Report on lock hospitals in British Burma
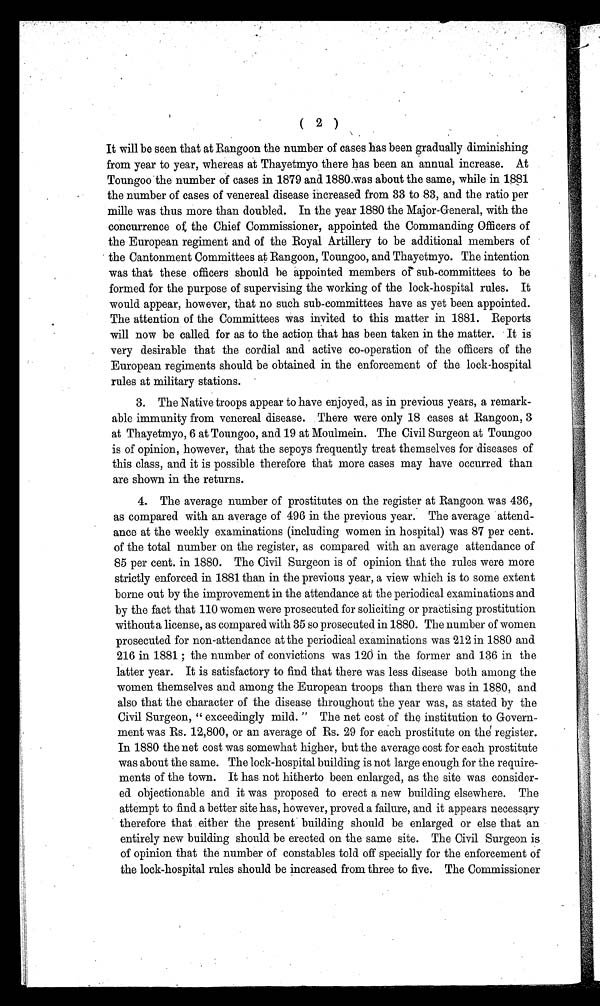
( 2 )
It will be seen that at Rangoon the number of cases has been gradually diminishing
from year to year, whereas at Thayetmyo there has been an annual increase. At
Toungoo the number of cases in 1879 and 1880, was about the same, while in 1881
the number of cases of venereal disease increased from 33 to 83, and the ratio per
mille was thus more than doubled. In the year 1880 the Major-General, with the
concurrence of the Chief Commissioner, appointed the Commanding Officers of
the European regiment and of the Royal Artillery to be additional members of
the Cantonment Committees at Rangoon, Toungoo, and Thayetmyo. The intention
was that these officers should be appointed members or sub-committees to be
formed for the purpose of supervising the working of the lock-hospital rules. It
would appear, however, that no such sub-committees have as yet been appointed.
The attention of the Committees was invited to this matter in 1881. Reports
will now be called for as to the action that has been taken in the matter. It is
very desirable that the cordial and active co-operation of the officers of the
European regiments should be obtained in the enforcement of the lock-hospital
rules at military stations.
3. The Native troops appear to have enjoyed, as in previous years, a remark-
able immunity from venereal disease. There were only 18 cases at Rangoon, 3
at Thayetmyo, 6 at Toungoo, and 19 at Moulmein. The Civil Surgeon at Toungoo
is of opinion, however, that the sepoys frequently treat themselves for diseases of
this class, and it is possible therefore that more cases may have occurred than
are shown in the returns.
4. The average number of prostitutes on the register at Rangoon was 436,
as compared with an average of 496 in the previous year. The average attend-
ance at the weekly examinations (including women in hospital) was 87 per cent.
of the total number on the register, as compared with an average attendance of
85 per cent. in 1880. The Civil Surgeon is of opinion that the rules were more
strictly enforced in 1881 than in the previous year, a view which is to some extent
borne out by the improvement in the attendance at the periodical examinations and
by the fact that 110 women were prosecuted for soliciting or practising prostitution
without a license, as compared with 35 so prosecuted in 1880. The number of women
prosecuted for non-attendance at the periodical examinations was 212 in 1880 and
216 in 1881 ; the number of convictions was 120 in the former and 136 in the
latter year. It is satisfactory to find that there was less disease both among the
women themselves and among the European troops than there was in 1880, and
also that the character of the disease throughout the year was, as stated by the
Civil Surgeon, " exceedingly mild. " The net cost of the institution to Govern-
ment was Rs. 12,800, or an average of Rs. 29 for each prostitute on the register.
In 1880 the net cost was somewhat higher, but the average cost for each prostitute
was about the same. The lock-hospital building is not large enough for the require-
ments of the town. It has not hitherto been enlarged, as the site was consider-
ed objectionable and it was proposed to erect a new building elsewhere. The
attempt to find a better site has, however, proved a failure, and it appears necessary
therefore that either the present building should be enlarged or else that an
entirely new building should be erected on the same site. The Civil Surgeon is
of opinion that the number of constables told off specially for the enforcement of
the lock-hospital rules should be increased from three to five. The Commissioner